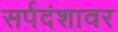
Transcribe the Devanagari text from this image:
सर्पदंशावर